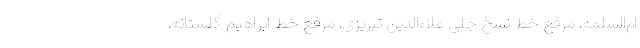
ام‌السلمه، مرقع خط نسخ جلی علاءالدین تبریزی، مرقع خط ابراهیم گلستانه،